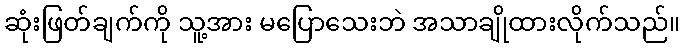
ဆုံးဖြတ်ချက်ကို သူ့အား မပြောသေးဘဲ အသာချိုထားလိုက်သည်။